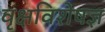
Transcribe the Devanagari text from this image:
वृक्षविशेषज्ञ